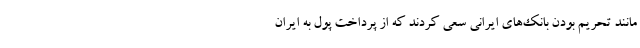
مانند تحریم بودن بانک‌های ایرانی سعی کردند که از پرداخت پول به ایران